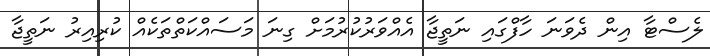
ލެސްޓާ އިން ދެވަނަ ހާފްގައި ނަތީޖާ އެއްވަރުކުރުމަށް ގިނަ މަސައްކަތްތަކެއް ކުރިއިރު ނަތީޖާ